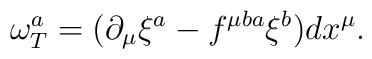
\omega^a_T = ( \partial_\mu \xi^a -f^{\mu ba}\xi^b)dx^\mu.